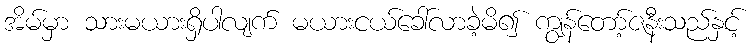
အိမ်မှာ သားမယားရှိပါလျက် မယားငယ်ခေါ်လာခဲ့မိ၍ ကျွန်တော့်ဇနီးသည်နှင့်